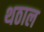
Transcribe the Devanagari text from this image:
थठाल